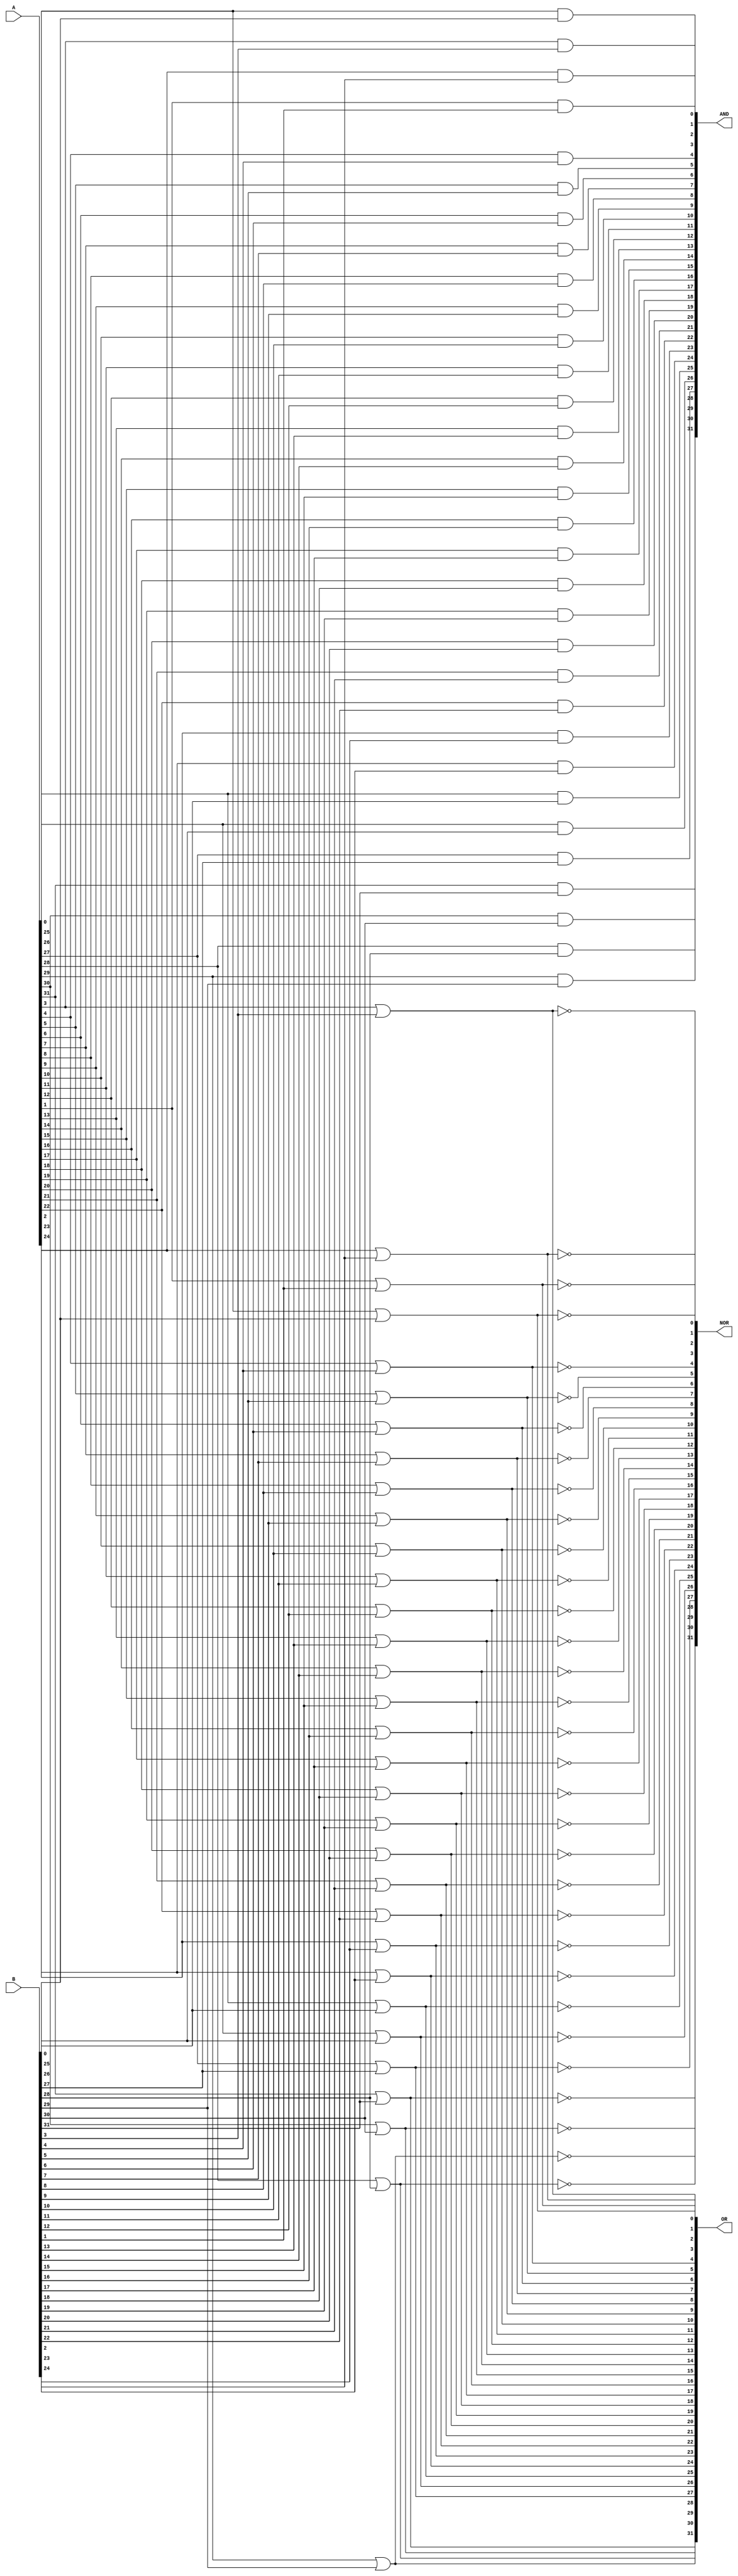
module Bitwise #(parameter N=32)(A,B,AND,OR,NOR);
input [N-1:0]A,B;
output [N-1:0]AND,OR,NOR;
genvar i;
generate
for(i=0;i<N;i=i+1)begin
assign AND[i]=A[i]&B[i];
assign OR[i]=A[i]|B[i];
assign NOR[i]=~(A[i]|B[i]);
end
endgenerate
endmodule